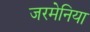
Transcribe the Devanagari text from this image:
जरमेनिया